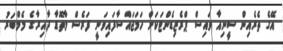
އޭގެ ތެރެއިން ސީނިއާ ވައިސް ޕްރެޒިޑެންޓަކަށް ހަމަޖައްސާފައިވަނީ ފަރެސް މާތޮޑާ ދާއިރާގެ މެމްބަރު